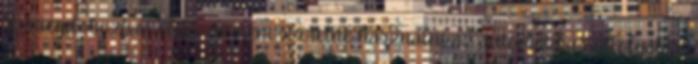
szövegdobozban elfér, de nem szeretné használni az automatikus átfolyatási